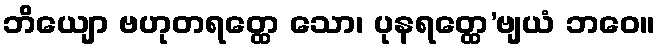
ဘိယျော ဗဟုတရတ္ထေ သော၊ ပုနရတ္ထေ’ဗျယံ ဘဝေ။